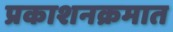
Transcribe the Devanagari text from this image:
प्रकाशनक्रमात